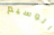
الوسيم